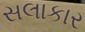
સલાકાર